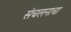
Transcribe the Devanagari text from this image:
संचलनाचा